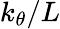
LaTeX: k_{\theta}/L